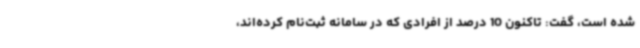
شده است، گفت: تاکنون 10 درصد از افرادی که در سامانه ثبت‌نام کرده‌اند،